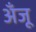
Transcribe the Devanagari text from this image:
अँजू